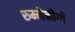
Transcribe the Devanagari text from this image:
रुम्मेनीग्गे